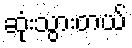
ဆုံးသွားတယ်